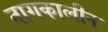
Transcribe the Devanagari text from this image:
नागकालीन